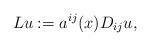
LaTeX: \begin{align*}Lu:=a^{ij}(x)D_{ij}u,\end{align*}